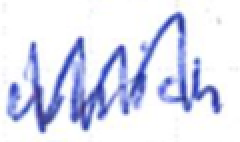
Text: which
Cross-out: zig-zag
Writing tool: ballpoint